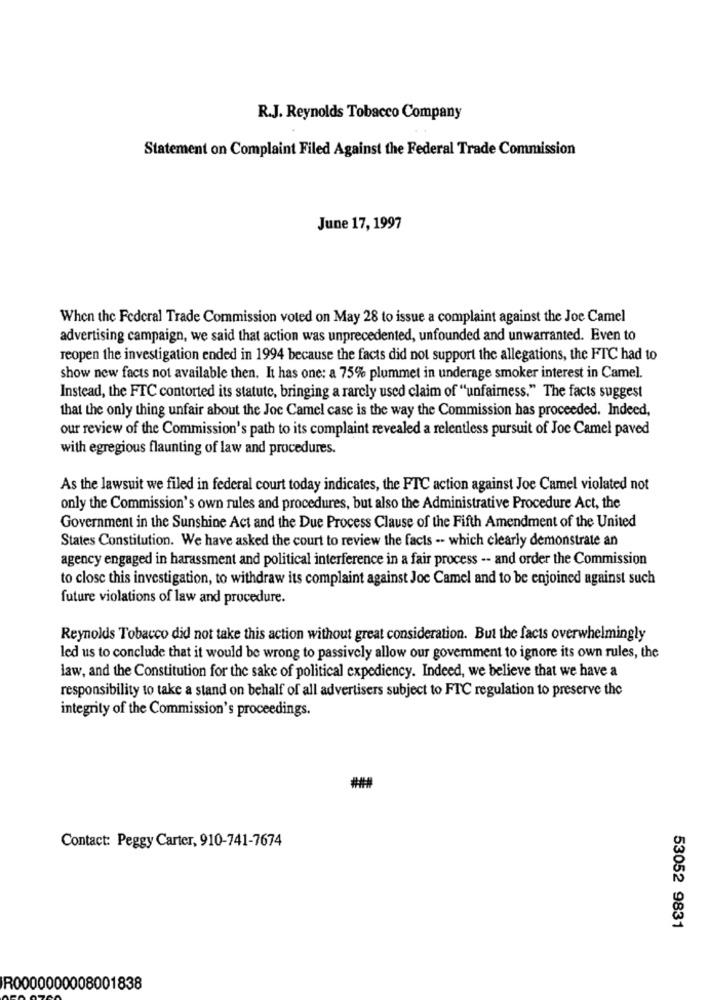
R.J. Reynolds Tobacco Company
Statement on Complaint Filed Against the Federal Trade Commission
June 17, 1997
When the Federal Trade Commission voted on May 28 to issue a complaint against the Joe Camel
advertising campaign, we said that action was unprecedented, unfounded and unwarranted. Even to
reopen the investigation ended in 1994 because the facts did not support the allegations, the FTC had to
show new facts not available then. It has one: a 75% plummet in underage smoker interest in Camel.
Instead, the FTC contorted its statute, bringing a rarely used claim of "unfairness." The facts suggest
that the only thing unfair about the Joc Camel case is the way the Commission has proceeded. Indeed,
our review of the Commission's path to its complaint revealed a relentless pursuit of Joe Camel paved
with egregious flaunting of law and procedures.
As the lawsuit we filed in federal court today indicates, the FTC action against Joe Camel violated not
only the Commission's own rules and procedures, but also the Administrative Procedure Act, the
Government in the Sunshine Act and the Due Process Clause of the Fifth Amendment of the United
States Constitution. We have asked the court to review the facts -- which clearly demonstrate an
agency engaged in harassment and political interference in a fair process -- and order the Commission
to close this investigation, to withdraw its complaint against Joc Camel and to be enjoined against such
future violations of law and procedure.
Reynolds Tobacco did not take this action without great consideration. But the facts overwhelmingly
led us to conclude that it would be wrong to passively allow our government to ignore its own rules, the
law, and the Constitution for the sake of political expediency. Indeed, we believe that we have a
responsibility to take a stand on behalf of all advertisers subject to FTC regulation to preserve the
integrity of the Commission's proceedings.
##
Contact: Peggy Carter, 910-741-7674
53052 9831
R0000000008001838